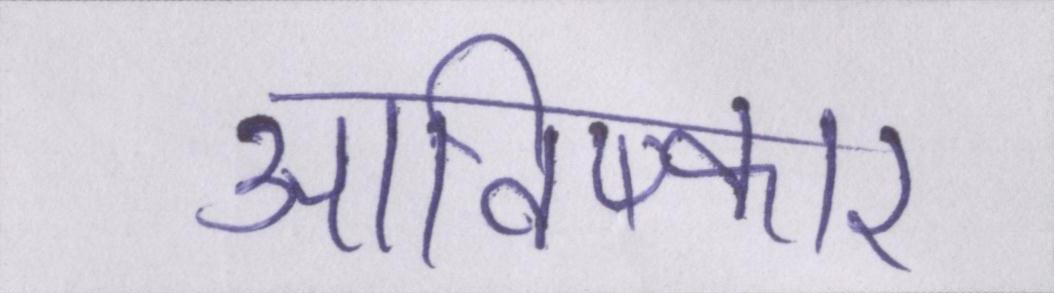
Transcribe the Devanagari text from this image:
आविष्कार